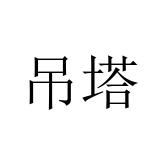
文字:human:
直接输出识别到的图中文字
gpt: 吊塔